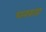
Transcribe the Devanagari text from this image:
धनवाडा